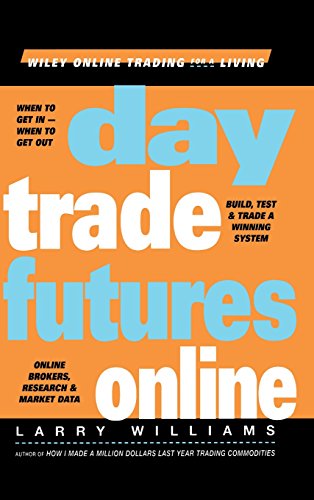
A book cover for Day Trade Futures Online; Larry R. Williams; Business & Money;